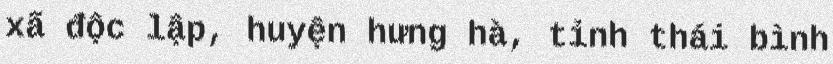
xã độc lập, huyện hưng hà, tỉnh thái bình